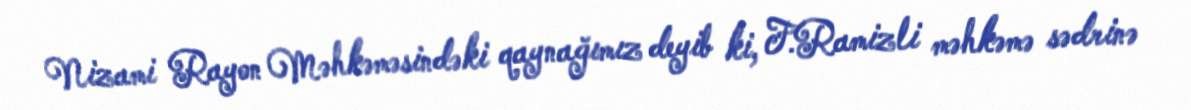
Nizami Rayon Məhkəməsindəki qaynağımız deyib ki, F.Ramizli məhkəmə sədrinə